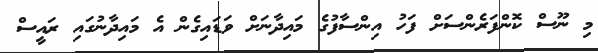
މި ނޫސް ކޮންފަރެންސަށް ފަހު އިންސާފުގެ މައިދާނަށް ވަޑައިގެން އެ މައިދާނުގައި ރައީސް